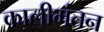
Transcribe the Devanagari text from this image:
कालीमंतन